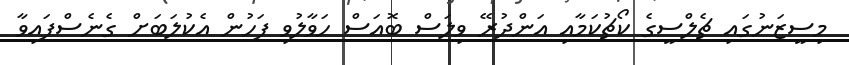
މިސީޒަނުގައި ޗެލްސީގެ ކޯޗުކަމާއި އަންދުރޭ ވިލަސް ބޮއަސް ހަވާލުވި ފަހުން އެކުލަބަށް ގެނެސްފައިވާ